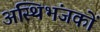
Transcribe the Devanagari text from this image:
अस्थिभंजकों